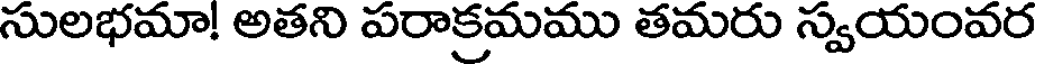
సులభమా! అతని పరాక్రమము తమరు స్వయంవర